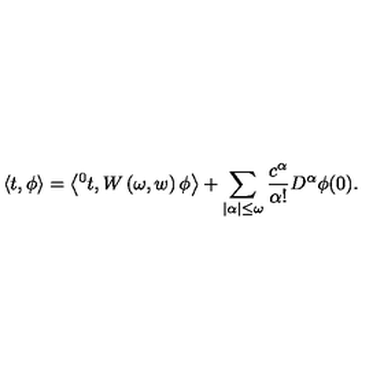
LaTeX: \left\langle t , \phi \right\rangle = \left\langle { ^ 0 t } , W \left( \omega , w \right) \phi \right\rangle + \sum _ { | \alpha | \leq \omega } \frac { c ^ { \alpha } } { \alpha ! } D ^ { \alpha } \phi ( 0 ) .